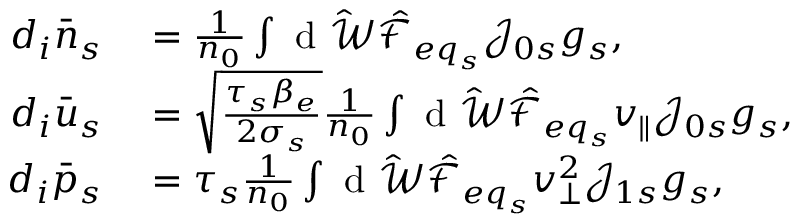
\begin{array} { r l } { d _ { i } \bar { n } _ { s } } & { { } = \frac { 1 } { n _ { 0 } } \int \mathrm { ~ d ~ } \hat { \mathcal { W } } \hat { \mathcal { F } } _ { { e q } _ { s } } \mathcal { J } _ { 0 s } g _ { s } , } \\ { d _ { i } \bar { u } _ { s } } & { { } = \sqrt { \frac { \tau _ { s } \beta _ { e } } { 2 \sigma _ { s } } } \frac { 1 } { n _ { 0 } } \int \mathrm { ~ d ~ } \hat { \mathcal { W } } \hat { \mathcal { F } } _ { { e q } _ { s } } v _ { \parallel } \mathcal { J } _ { 0 s } g _ { s } , } \\ { d _ { i } \bar { p } _ { s } } & { { } = \tau _ { s } \frac { 1 } { n _ { 0 } } \int \mathrm { ~ d ~ } \hat { \mathcal { W } } \hat { \mathcal { F } } _ { { e q } _ { s } } v _ { \perp } ^ { 2 } \mathcal { J } _ { 1 s } g _ { s } , } \end{array}